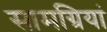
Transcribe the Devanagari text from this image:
सामग्रियां